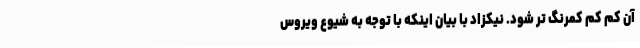
آن کم کم کمرنگ تر شود. نیکزاد با بیان اینکه با توجه به شیوع ویروس